Civil Veterinary Department Bengal reports 1933-51 - 1933-1951
Year: 1933
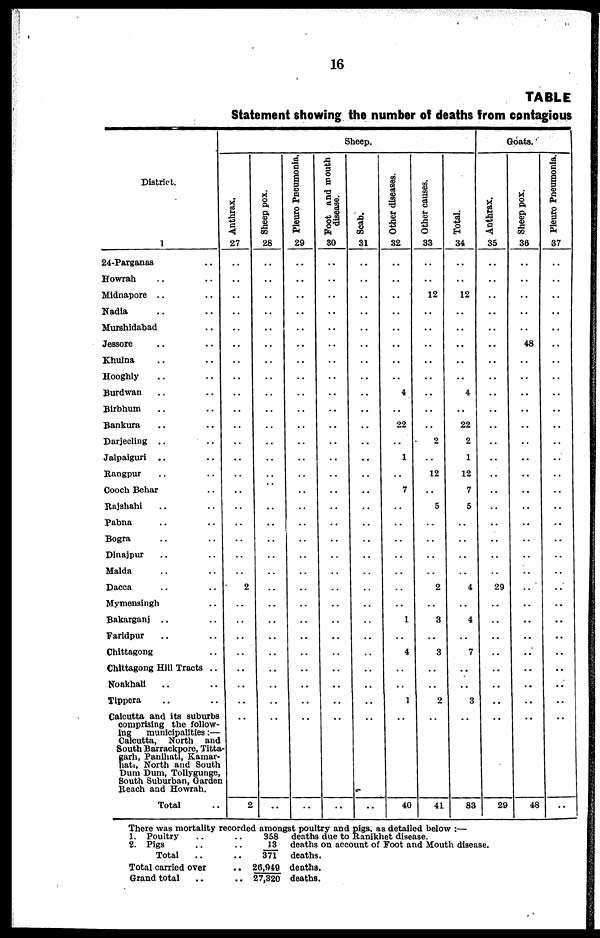
16
TABLE
Statement showing the number of deaths from contagious
District.
1
24-Parganas ..
Howrah .. ..
Midnapore .. ..
Nadia .. ..
Murshidabad ..
Jessore .. ..
Khulna .. ..
Hooghly .. ..
Burdwan .. ..
Birbhum .. ..
Bankura .. ..
Darjeeling .. ..
Jalpaiguri .. ..
Rangpur .. ..
Coach Behar ..
Rajshahi .. ..
Pabna .. ..
Bogra .. ..
Dinajpur .. ..
Malda .. ..
Dacca
Mymensingh ..
Bakarganj .. ..
Faridpur .. ..
Chittagong ..
Chittagong Hill Tracts ..
Noakhali .. ..
Tippera .. ..
Calcutta and its suburbs
comprising the follow-
ing
municipalities:—
Calcutta, North and
South Barrackpore, Titta
garh, Panihati, Kamar-
hati, North and South
Dum Dum, Tollygunge,
South Suburban, Garden
Reach and Howrah.
Total
Sheep.
Anthrax.
27
..
..
..
..
..
..
..
..
..
..
..
..
..
..
..
..
..
..
..
..
2
..
..
..
..
..
..
..
..
2
Sheep pox.
28
..
..
..
..
..
..
..
..
..
..
..
..
..
..
..
..
..
..
..
..
..
..
..
..
..
..
..
..
..
..
Pleuro Pneumonia.
29
..
..
..
..
..
..
..
..
..
..
..
..
..
..
..
..
..
..
..
..
..
..
..
..
..
..
..
..
..
..
Foot and mouth
disease.
30
..
..
..
..
..
..
..
..
..
..
..
..
..
..
..
..
..
..
..
..
..
..
..
..
..
..
..
..
..
..
Scab.
31
..
..
..
..
..
..
..
..
..
..
..
..
..
..
..
..
..
..
..
..
..
..
..
..
..
..
..
..
..
..
..
Other diseases.
32
..
..
..
..
..
..
..
..
4
..
22
..
1
..
7
..
..
..
..
..
..
..
1
..
4
..
..
1
..
40
Other causes.
33
..
..
12
..
..
...
..
..
..
..
..
2
12
5
..
..
..
..
2
..
3
..
3
..
..
2
..
41
Total.
34
..
..
12
..
..
..
..
..
4
..
22
2
1
12
7
5
..
..
..
..
4
..
4
..
7
..
..
3
..
83
Goats.
Anthrax.
35
..
..
..
..
..
..
..
..
..
..
..
..
..
..
..
..
..
..
..
..
29
..
..
..
..
..
..
..
..
29
Sheep pox.
36
..
..
..
..
..
48
..
..
..
..
..
..
..
..
..
..
..
..
..
..
..
..
..
..
..
..
..
..
48
Pleuro Pneumonia.
37
..
..
..
..
..
..
..
..
..
..
..
..
..
..
..
..
..
..
..
..
..
..
..
..
..
..
..
..
..
There was mortality recorded amongst poultry and pigs, as detailed below :—
1. Poultry
..
..
358
2. Pigs
..
..
13
Total
..
..
371
Total carried over
.. 26,949
Grand total
..
.. 27,320
deaths due to Ranikhet disease.
deaths on account of Foot and Mouth disease.
deaths.
deaths.
deaths.